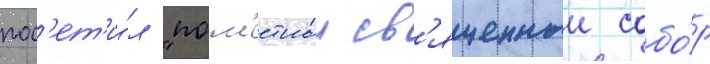
пос'ет'и́л "пом'естныи св'ященныи собо́р